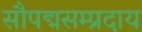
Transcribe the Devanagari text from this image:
सौपद्मसम्प्रदाय